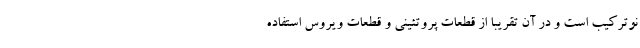
نوترکیب است و در آن تقریبا از قطعات پروتئینی و قطعات ویروس استفاده